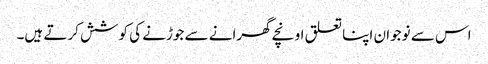
اس سے نوجوان اپنا تعلق اونچے گھرانے سے جوڑنے کی کوشش کرتے ہیں۔